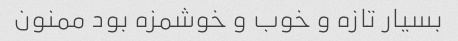
بسیار تازه و خوب و خوشمزه بود ممنون